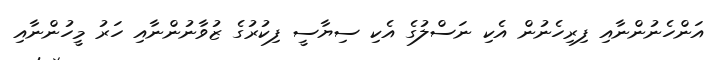
އަންހެނުންނާއި ފިރިހެނުން އެކި ނަސްލުގެ އެކި ސިޔާސީ ފިކުރުގެ ޒުވާނުންނާއި ހަރު މީހުންނާއި